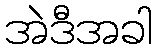
အဲဒီအခါ